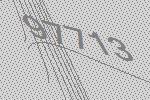
97713